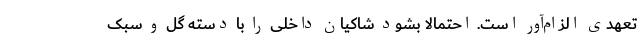
تعهدی الزام‌آور است. احتمالاً بشود شاکیان داخلی را با دسته گل و سبک